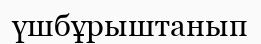
үшбұрыштанып